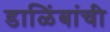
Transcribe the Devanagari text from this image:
डाळिंबांची